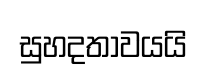
සුහදතාවයයි